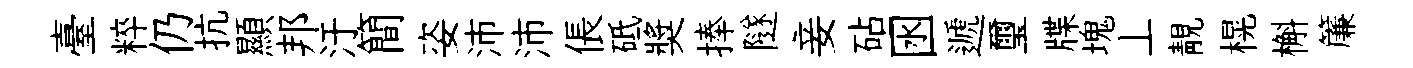
臺粹仍抗顯邦汙簡姿沛沛倀砥奬捧隧妾砧囦遞璽牒塊丄靚榥槲簾